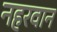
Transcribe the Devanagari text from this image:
नहरवान